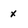
Character: x